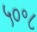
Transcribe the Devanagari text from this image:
५०॰८